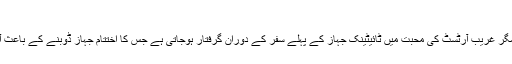
ٹائیٹنیک، 1997 (Titanic)
سترہ سال کی ایک امیر لڑکی ایک اچھے مگر غریب آرٹسٹ کی محبت میں ٹائیٹینک جہاز کے پہلے سفر کے دوران گرفتار ہوجاتی ہے جس کا اختتام جہاز ڈوبنے کے باعث آرٹسٹ کی موت کی صورت میں نکلتا ہے۔